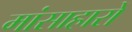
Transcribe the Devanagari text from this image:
मांसाहारों